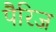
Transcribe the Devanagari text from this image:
पैरिज